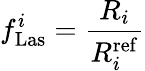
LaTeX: f_{\mathrm{Las}}^{i}=\frac{R_{i}}{R_{i}^{\mathrm{ref}}}